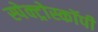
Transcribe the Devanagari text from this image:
स्पेक्ट्रोस्कॉपी